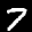
Label: 7